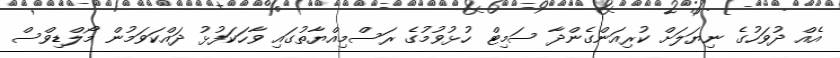
އެއް ދުވަހުގެ ނިޔަލަށް ކުރިއަންގެންދާ ސަމިޓް ހުޅުވުމުގެ ރަސްމިއްޔާތުގައި ވާހަކަފުޅު ދައްކަވަމުން މޯލްޑިވްސް